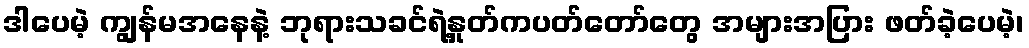
ဒါပေမဲ့ ကျွန်မအနေနဲ့ ဘုရားသခင်ရဲ့နှုတ်ကပတ်တော်တွေ အများအပြား ဖတ်ခဲ့ပေမဲ့၊